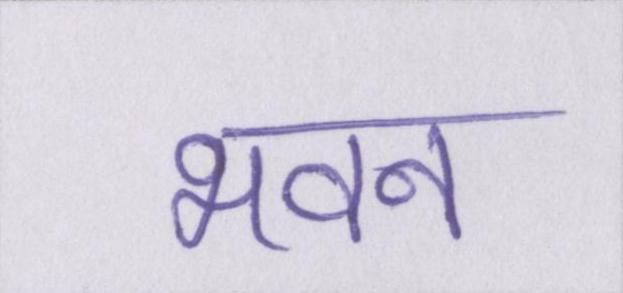
भवन